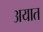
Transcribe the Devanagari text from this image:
अयात